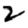
Digit: 2